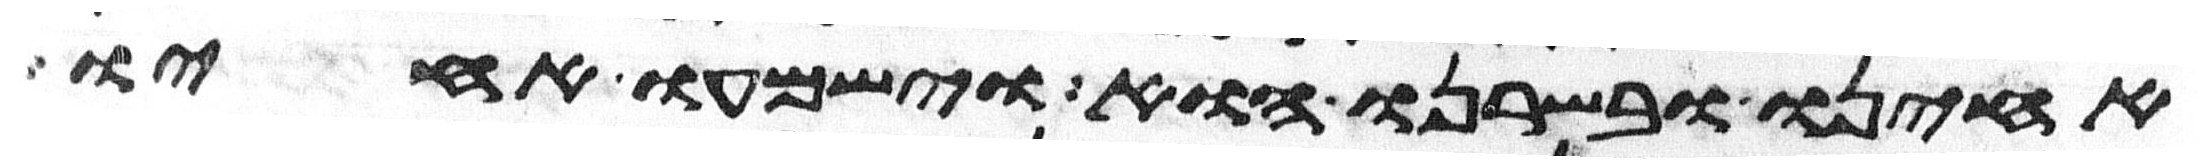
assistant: אחינו ובשרנו הוא וישמעו אחיו